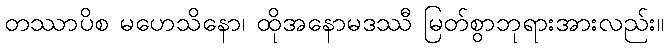
တဿာပိစ မဟေသိနော၊ ထိုအနောမဒဿီ မြတ်စွာဘုရားအားလည်း။